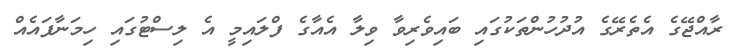
ރާއްޖޭގެ އެތެރޭގެ އުދުހުންތަކުގައި ބައިވެރިވާ ވިލާ އެއާގެ ފްލައިމީ އެ ލިސްޓުގައި ހިމަނާފައެއް